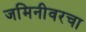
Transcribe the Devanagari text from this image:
जमिनीवरचा